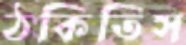
ঠকিতিস